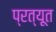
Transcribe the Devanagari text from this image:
प्रत्यूत